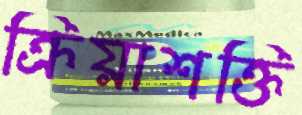
ক্রিয়াশক্তি